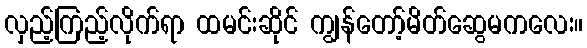
လှည့်ကြည့်လိုက်ရာ ထမင်းဆိုင် ကျွန်တော့်မိတ်ဆွေမကလေး။